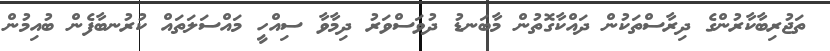
ތަޖުރިބާކާރުންގެ ދިރާސްތަކުން ދައްކާގޮތުން މާބަނޑު ދުވަސްވަރު ދިމާވާ ސިއްހީ މައްސަލަތައް ކުރުނބާފެން ބުއިމުން